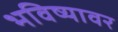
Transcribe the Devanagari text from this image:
भविष्यावर